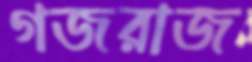
গজরাজ